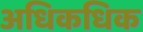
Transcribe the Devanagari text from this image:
अधिकधिक